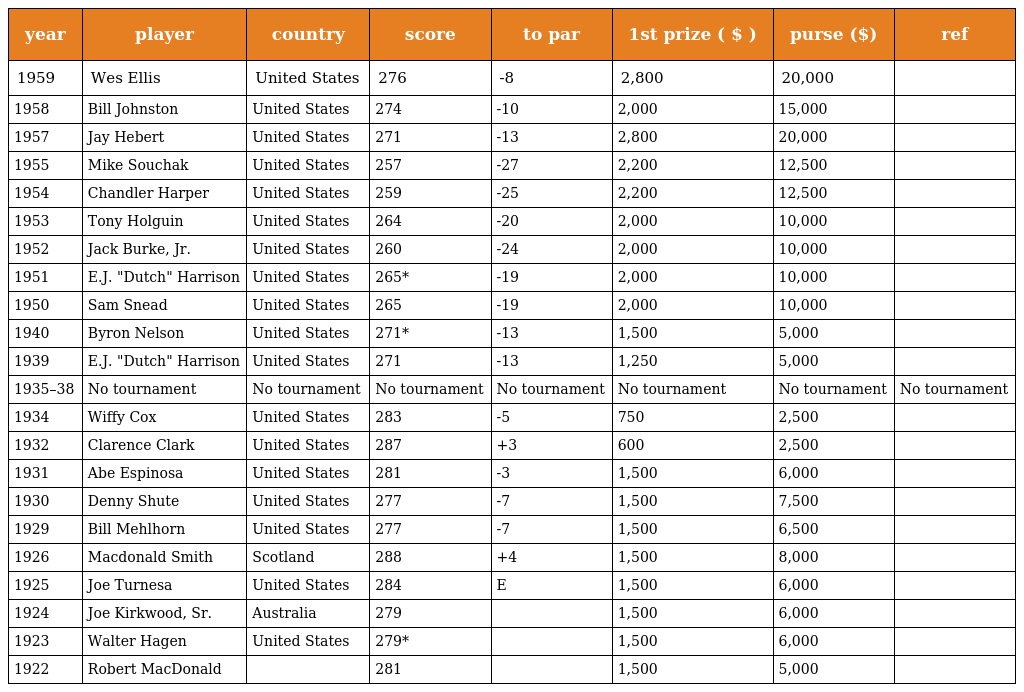
| year | player | country | score | to par | 1st prize ( $ ) | purse ($) | ref |
 | --- | --- | --- | --- | --- | --- | --- | --- |
 | 1959 | Wes Ellis | United States | 276 | -8 | 2,800 | 20,000 |  |
 | 1958 | Bill Johnston | United States | 274 | -10 | 2,000 | 15,000 |  |
 | 1957 | Jay Hebert | United States | 271 | -13 | 2,800 | 20,000 |  |
 | 1955 | Mike Souchak | United States | 257 | -27 | 2,200 | 12,500 |  |
 | 1954 | Chandler Harper | United States | 259 | -25 | 2,200 | 12,500 |  |
 | 1953 | Tony Holguin | United States | 264 | -20 | 2,000 | 10,000 |  |
 | 1952 | Jack Burke, Jr. | United States | 260 | -24 | 2,000 | 10,000 |  |
 | 1951 | E.J. "Dutch" Harrison | United States | 265* | -19 | 2,000 | 10,000 |  |
 | 1950 | Sam Snead | United States | 265 | -19 | 2,000 | 10,000 |  |
 | 1940 | Byron Nelson | United States | 271* | -13 | 1,500 | 5,000 |  |
 | 1939 | E.J. "Dutch" Harrison | United States | 271 | -13 | 1,250 | 5,000 |  |
 | 1935–38 | No tournament | No tournament | No tournament | No tournament | No tournament | No tournament | No tournament |
 | 1934 | Wiffy Cox | United States | 283 | -5 | 750 | 2,500 |  |
 | 1932 | Clarence Clark | United States | 287 | +3 | 600 | 2,500 |  |
 | 1931 | Abe Espinosa | United States | 281 | -3 | 1,500 | 6,000 |  |
 | 1930 | Denny Shute | United States | 277 | -7 | 1,500 | 7,500 |  |
 | 1929 | Bill Mehlhorn | United States | 277 | -7 | 1,500 | 6,500 |  |
 | 1926 | Macdonald Smith | Scotland | 288 | +4 | 1,500 | 8,000 |  |
 | 1925 | Joe Turnesa | United States | 284 | E | 1,500 | 6,000 |  |
 | 1924 | Joe Kirkwood, Sr. | Australia | 279 |  | 1,500 | 6,000 |  |
 | 1923 | Walter Hagen | United States | 279* |  | 1,500 | 6,000 |  |
 | 1922 | Robert MacDonald |  | 281 |  | 1,500 | 5,000 |  |